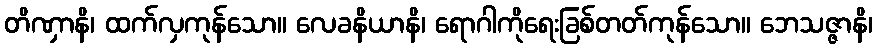
တိဏှာနိ၊ ထက်လှကုန်သော။ လေခနိယာနိ၊ ရောဂါကိုရေးခြစ်တတ်ကုန်သော။ ဘေသဇ္ဇာနိ၊